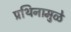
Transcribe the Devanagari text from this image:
प्रथिनामुळे